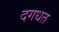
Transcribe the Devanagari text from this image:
दगधत